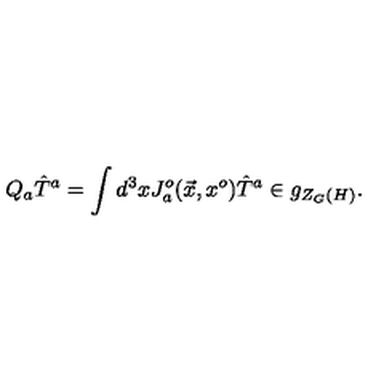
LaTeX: Q _ { a } { \hat { T } } ^ { a } = \int d ^ { 3 } x J _ { a } ^ { o } ( \vec { x } , x ^ { o } ) { \hat { T } } ^ { a } \in g _ { Z _ { G } ( H ) } .